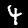
Label: 4